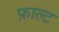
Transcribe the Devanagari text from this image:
फ़ाल्ट